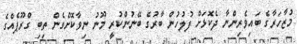
މުޒާހަރާގެ ބައިވެރިންނާ ދެކޮޅަށް ފުލުހުން ބާރުގެ ބޭނުންކުރީ މޫނު ނިވާކޮށްގެން ތިބި ގްރޫޕެއްގެ